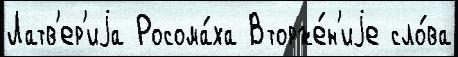
Латв'ер'иjа Росома́ха Вторже́н'иjе сло́ва